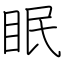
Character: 眠